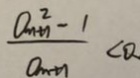
\frac { a _ { m + 1 } ^ { 2 } - 1 } { a _ { m + 1 } } < 0